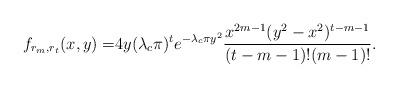
LaTeX: \begin{align*}f_{r_m,r_t}(x,y) =& 4y(\lambda_c\pi)^{t} e^{-\lambda_c \pi y^2} \frac{ x^{2m-1}(y^2-x^2)^{t-m-1}}{(t-m-1)!(m-1)!} . \end{align*}